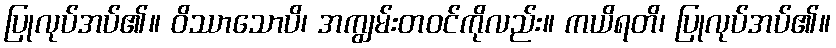
ပြုလုပ်အပ်၏။ ဝိဿာသောပိ၊ အကျွမ်းတဝင်ကိုလည်း။ ကယိရတိ၊ ပြုလုပ်အပ်၏။